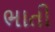
ભાતી